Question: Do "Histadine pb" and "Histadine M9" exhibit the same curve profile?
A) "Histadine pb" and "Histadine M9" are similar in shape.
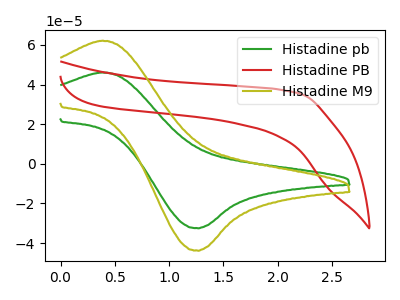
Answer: <think>The green curve "Histadine pb" has an anodic peak at (0.40V, 46.10uA) and a cathodic peak at (1.25V, -32.55uA). The red curve "Histadine PB" has no peaks. The olive curve "Histadine M9" has an anodic peak at (0.40V, 62.15uA) and a cathodic peak at (1.25V, -43.90uA).
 All the peaks in "Histadine pb" have a peak in "Histadine M9" at the same potential. Every peak in "Histadine pb" is lower than every peak in "Histadine M9".</think>
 <answer>A) "Histadine pb" and "Histadine M9" are similar in shape.</answer>
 <eval>A</eval>